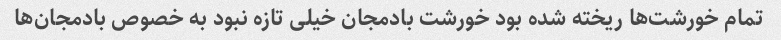
تمام خورشت‌ها ریخته شده بود خورشت بادمجان خیلی تازه نبود به خصوص بادمجان‌ها